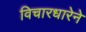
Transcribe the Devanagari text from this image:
विचारधारेने